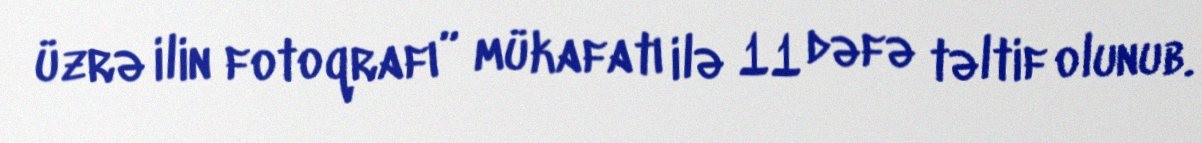
üzrə ilin fotoqrafı” mükafatı ilə 11 dəfə təltif olunub.